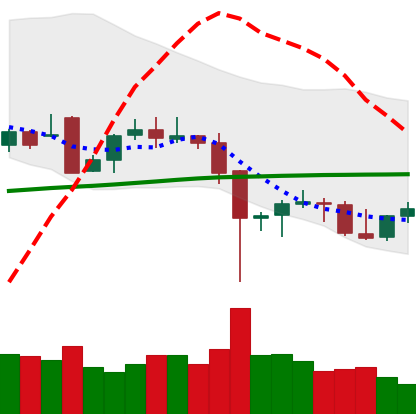
Ticker: BTC-USD
Chart end date: 2021-12-12
Forward return: -7.777%
Label: down_7plus